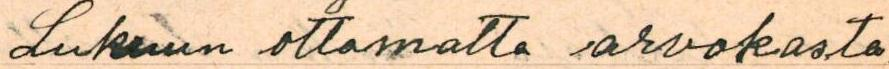
Lukuun ottamatta arvokasta